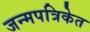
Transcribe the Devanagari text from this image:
जन्मपत्रिकेत